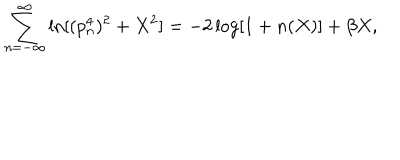
\sum _ { n = - \infty } ^ { \infty } \ln [ ( p _ { n } ^ { 4 } ) ^ { 2 } + X ^ { 2 } ] = - 2 \log [ 1 + n ( X ) ] + \beta X ,